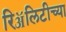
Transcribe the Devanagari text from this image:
रिॲलिटीच्या